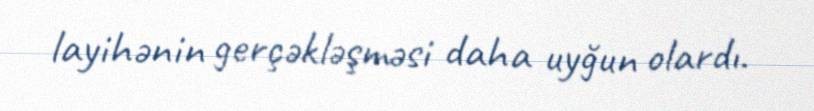
layihənin gerçəkləşməsi daha uyğun olardı.